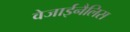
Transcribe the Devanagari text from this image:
वेजाईनैलिस